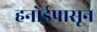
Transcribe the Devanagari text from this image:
हनोईपासून